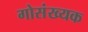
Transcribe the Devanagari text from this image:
गोसंख्यक